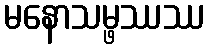
မနောသမ္ဖဿဿ